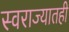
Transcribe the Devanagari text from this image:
स्वराज्यातही